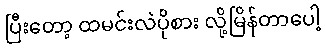
ပြီးတော့ ထမင်းလဲပိုစား လို့မြိန်တာပေါ့